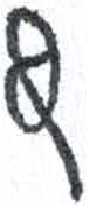
אות: ץ